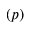
( p )